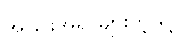
အခြားအရာများကဲ့သို့